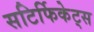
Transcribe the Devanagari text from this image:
सटिर्फिकेट्स